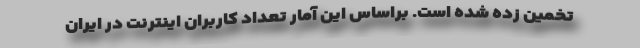
تخمين زده شده است. براساس اين آمار تعداد كاربران اينترنت در ايران